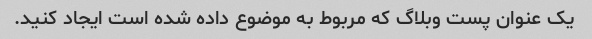
یک عنوان پست وبلاگ که مربوط به موضوع داده شده است ایجاد کنید.